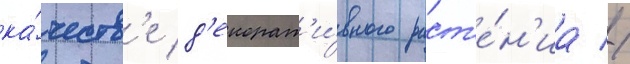
ка́честв'е д'екорат'и́вного раст'е́н'иа //